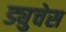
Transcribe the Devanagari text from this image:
ड्युचेस